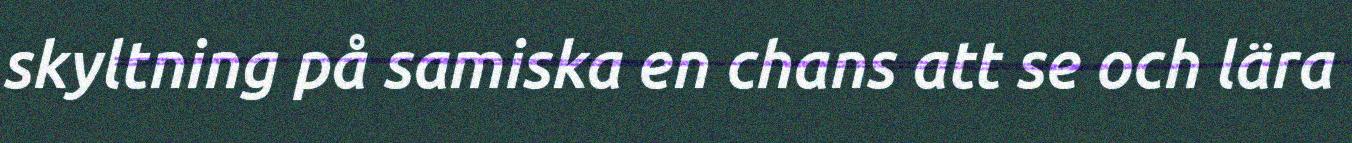
skyltning på samiska en chans att se och lära